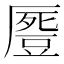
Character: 𠪶